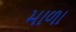
માળા